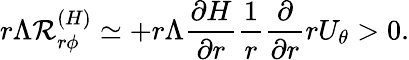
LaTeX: r\Lambda{\cal{R}}_{r\phi}^{(H)}\simeq+r\Lambda\frac{\partial H}{\partial r}\frac{1}{r}\frac{\partial}{\partial r}rU_{\theta}>0.